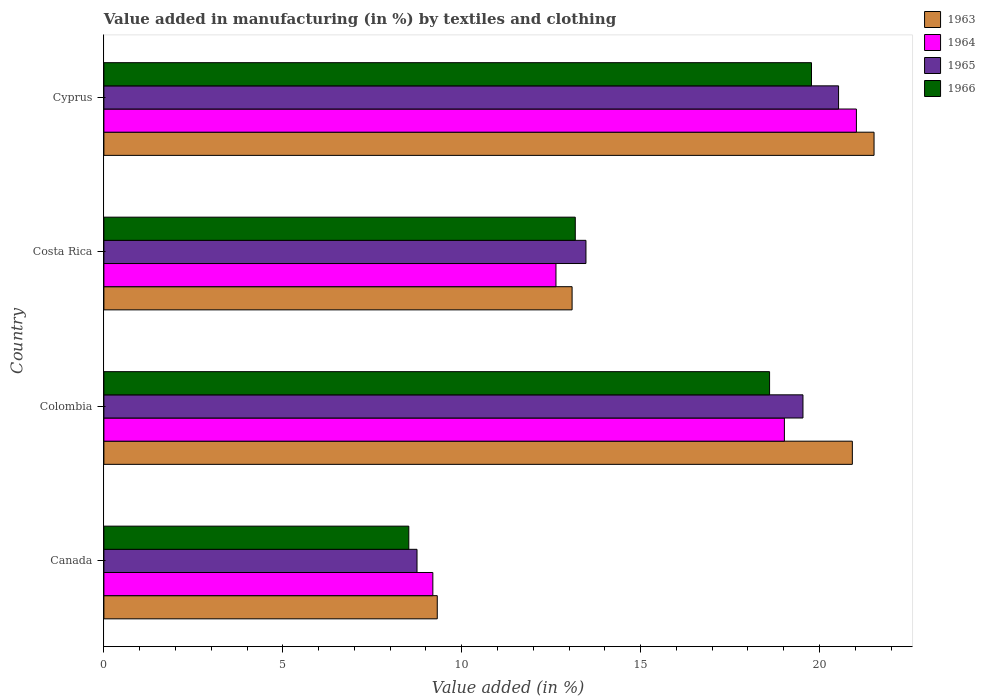
| Country | 1963 | 1964 | 1965 | 1966 |
 | --- | --- | --- | --- | --- |
 | Canada | 9.32 | 9.19 | 8.75 | 8.52 |
 | Colombia | 20.9 | 19 | 19.5 | 18.6 |
 | Costa Rica | 13.1 | 12.6 | 13.5 | 13.2 |
 | Cyprus | 21.5 | 21 | 20.5 | 19.8 |